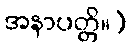
အနာပတ္တိ။)